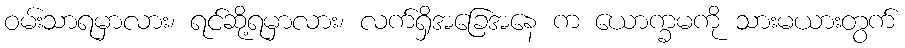
ဝမ်းသာရမှာလား၊ ရင်ဆို့ရမှာလား၊ လက်ရှိအခြေအနေ က ယောက္ခမကို သားမယားတွက်